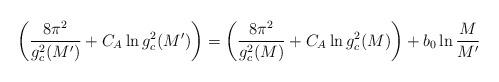
LaTeX: \begin{align*}\left( \frac{8\pi^{2}}{g_c^{2}(M')} + C_{A} \ln g^{2}_c(M') \right) = \left( \frac{8\pi^{2}}{g^{2}_c(M)} + C_{A} \ln g^{2}_c(M) \right) + b_{0} \ln \frac{M}{M'}\end{align*}